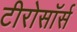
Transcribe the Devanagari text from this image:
टीरोसॉर्स